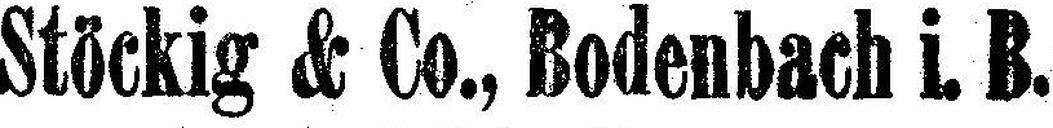
Stöckig & Co., Bodenbach i. B.